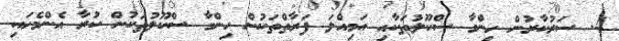
4. ސަރުކާރުން ހިންގާ ސްކޫލުތަކާއި އަމިއްލަ ފަރާތްތަކުން ހިންގާ ސްކޫލުތަކުން ކުރާ އެންމެހައި